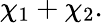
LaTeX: \chi_{1}+\chi_{2}.